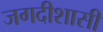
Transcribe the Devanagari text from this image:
जगदीशासी